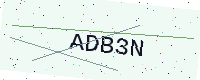
Text: ADB3N